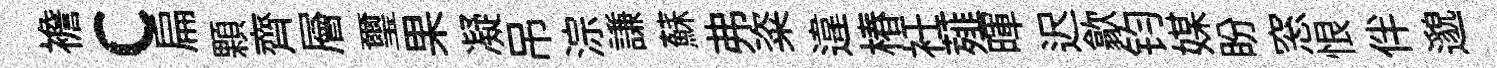
襜c扁顆齊層璽果凝吊淙謙蘇弗粢違椿衽薤暉迟歙钧媒盼窓恨伴邈